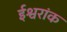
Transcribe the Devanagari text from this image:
ईश्वरांक